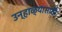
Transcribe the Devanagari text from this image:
उन्हाळ्यासाठी